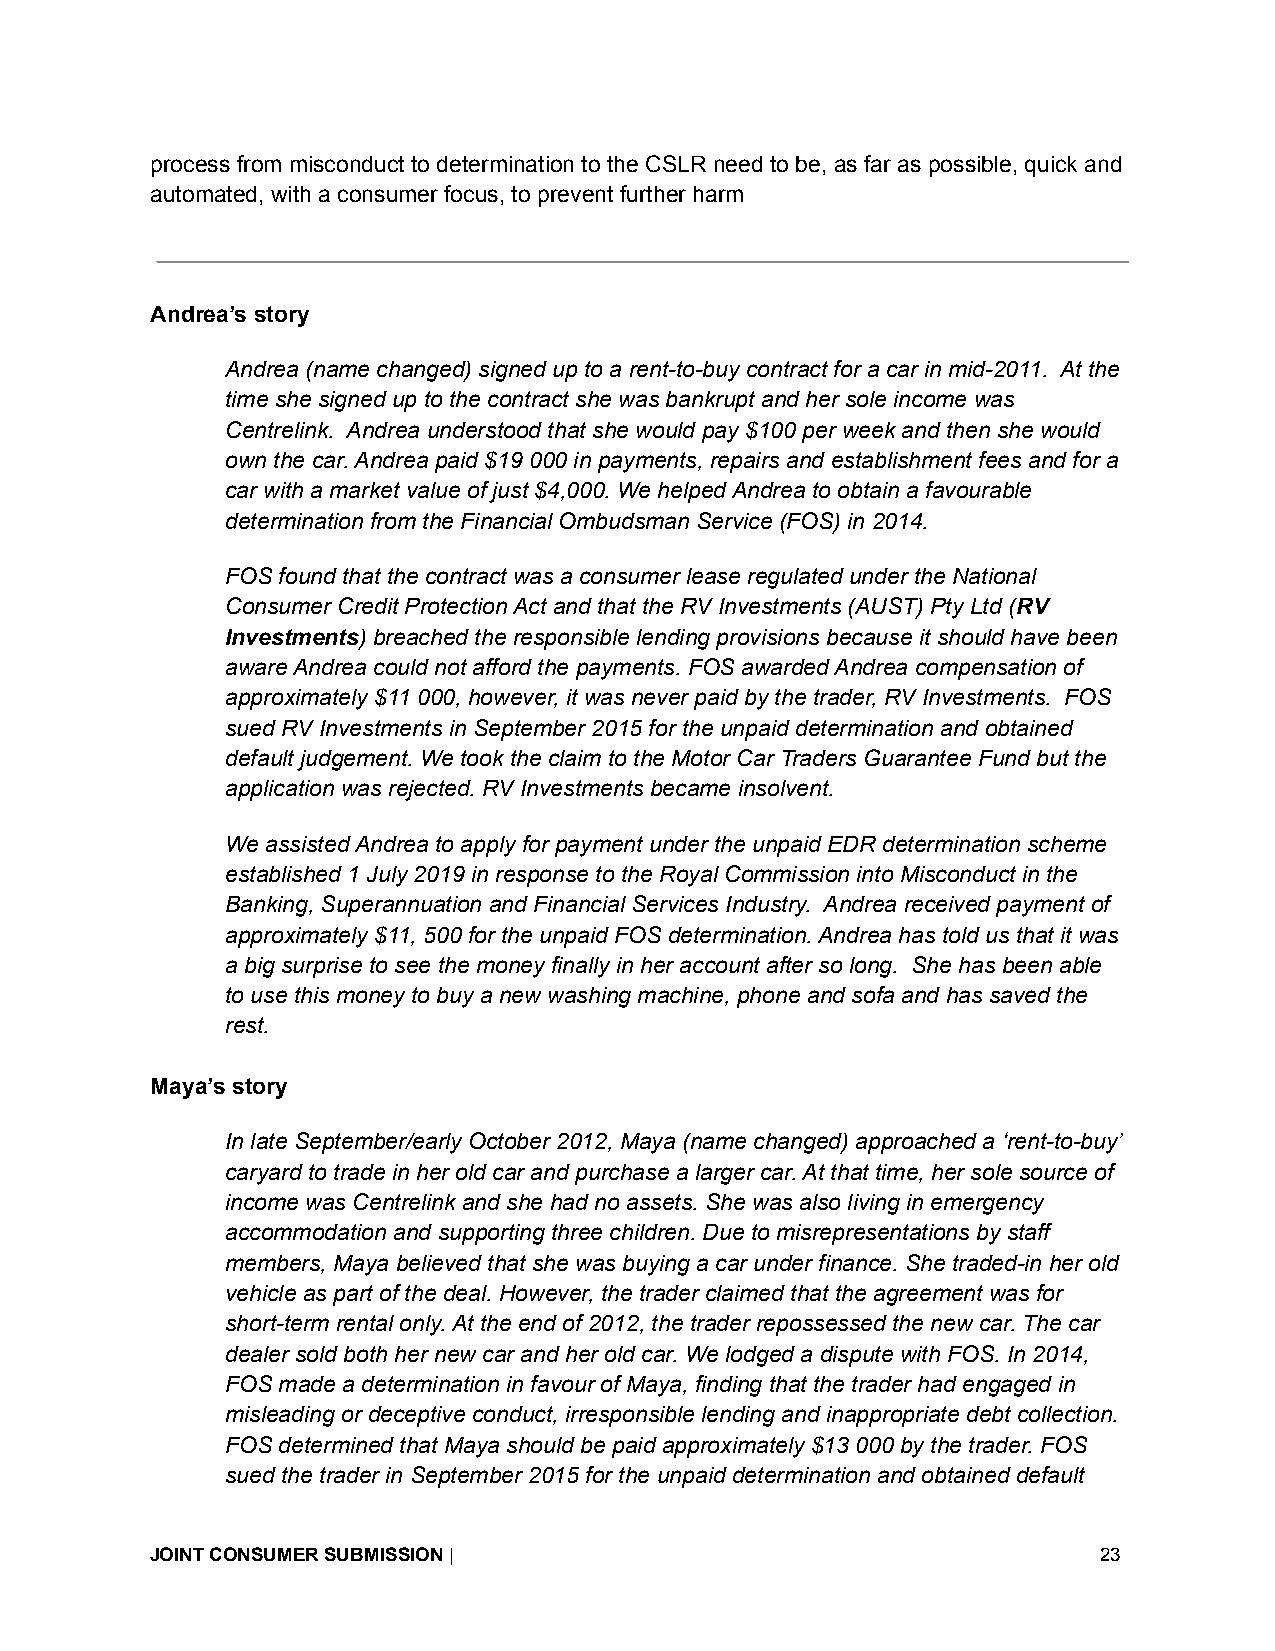
process from misconduct to determination to the CSLR need to be, as far as possible, quick and
 automated, with a consumer focus, to prevent further harm
 Andrea’s story
 Andrea (name changed) signed up to a rent-to-buy contract for a car in mid-2011. At the
 time she signed up to the contract she was bankrupt and her sole income was
 Centrelink. Andrea understood that she would pay $100 per week and then she would
 own the car. Andrea paid $19 000 in payments, repairs and establishment fees and for a
 car with a market value of just $4,000. We helped Andrea to obtain a favourable
 determination from the Financial Ombudsman Service (FOS) in 2014.
 FOS found that the contract was a consumer lease regulated under the National
 Consumer Credit Protection Act and that the RV Investments (AUST) Pty Ltd (RV
 Investments) breached the responsible lending provisions because it should have been
 aware Andrea could not afford the payments. FOS awarded Andrea compensation of
 approximately $11 000, however, it was never paid by the trader, RV Investments. FOS
 sued RV Investments in September 2015 for the unpaid determination and obtained
 default judgement. We took the claim to the Motor Car Traders Guarantee Fund but the
 application was rejected. RV Investments became insolvent.
 We assisted Andrea to apply for payment under the unpaid EDR determination scheme
 established 1 July 2019 in response to the Royal Commission into Misconduct in the
 Banking, Superannuation and Financial Services Industry. Andrea received payment of
 approximately $11, 500 for the unpaid FOS determination. Andrea has told us that it was
 a big surprise to see the money finally in her account after so long. She has been able
 to use this money to buy a new washing machine, phone and sofa and has saved the
 rest.
 Maya’s story
 In late September/early October 2012, Maya (name changed) approached a ‘rent-to-buy’
 caryard to trade in her old car and purchase a larger car. At that time, her sole source of
 income was Centrelink and she had no assets. She was also living in emergency
 accommodation and supporting three children. Due to misrepresentations by staff
 members, Maya believed that she was buying a car under finance. She traded-in her old
 vehicle as part of the deal. However, the trader claimed that the agreement was for
 short-term rental only. At the end of 2012, the trader repossessed the new car. The car
 dealer sold both her new car and her old car. We lodged a dispute with FOS. In 2014,
 FOS made a determination in favour of Maya, finding that the trader had engaged in
 misleading or deceptive conduct, irresponsible lending and inappropriate debt collection.
 FOS determined that Maya should be paid approximately $13 000 by the trader. FOS
 sued the trader in September 2015 for the unpaid determination and obtained default
 JOINT CONSUMER SUBMISSION|                                     23